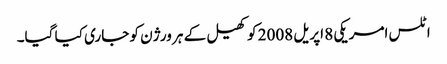
اٹلس امریکی 8 اپریل 2008 کو کھیل کے ہر ورژن کو جاری کیا گیا۔